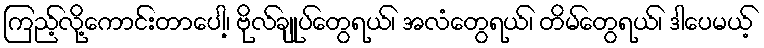
ကြည့်လို့ကောင်းတာပေါ့၊ ဗိုလ်ချုပ်တွေရယ်၊ အလံတွေရယ်၊ တိမ်တွေရယ်၊ ဒါပေမယ့်